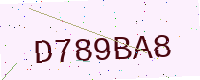
Text: D789BA8